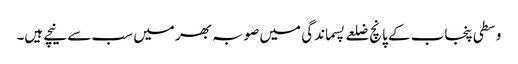
وسطی پنجاب کے پانچ ضلعے پسماندگی میں صوبہ بھر میں سب سے نیچے ہیں۔